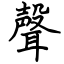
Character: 聲